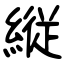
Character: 縦